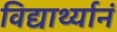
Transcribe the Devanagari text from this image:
विद्यार्थ्यानं